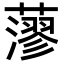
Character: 𦾷